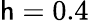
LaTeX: \mathsf{h}=0.4